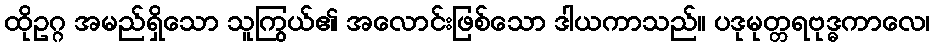
ထိုဥဂ္ဂ အမည်ရှိသော သူကြွယ်၏ အလောင်းဖြစ်သော ဒါယကာသည်။ ပဒုမုတ္တရဗုဒ္ဓကာလေ၊